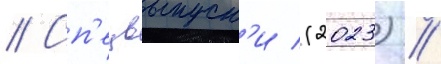
// Сп'ецвыпуск'и (2023) //